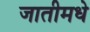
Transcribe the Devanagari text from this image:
जातीमधे